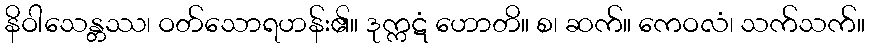
နိဝါသေန္တဿ၊ ဝတ်သောရဟန်း၏။ ဒုက္ကဋံ ဟောတိ။ စ၊ ဆက်။ ကေဝလံ၊ သက်သက်။